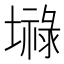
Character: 𪤤